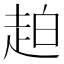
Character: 䞟